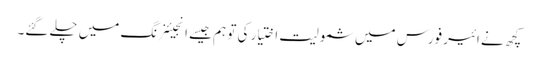
کچھ نے ائیر فورس میں شمولیت اختیار کی تو ہم جیسے انجیئنرنگ میں چلے گئے۔